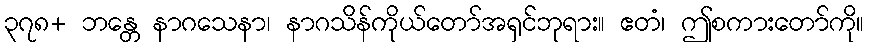
၃၇၈+ ဘန္တေ နာဂသေနာ၊ နာဂသိန်ကိုယ်တော်အရှင်ဘုရား။ ဧတံ၊ ဤစကားတော်ကို။